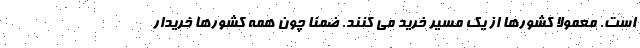
است. معمولا کشورها از یک مسیر خرید می کنند. ضمنا چون همه کشورها خریدار